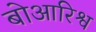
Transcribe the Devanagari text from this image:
बोआरिश्व